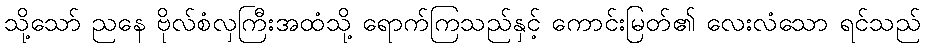
သို့သော် ညနေ ဗိုလ်စံလှကြီးအထံသို့ ရောက်ကြသည်နှင့် ကောင်းမြတ်၏ လေးလံသော ရင်သည်